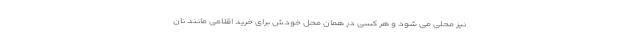
نیز محلی می شود و هر کسی در همان محل خودش برای خرید اقلامی مانند نان